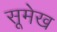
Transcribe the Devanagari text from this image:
सूमेख